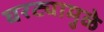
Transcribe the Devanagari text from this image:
घरट्यामुळे